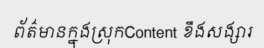
ព័ត៌មានក្នុងស្រុកContent ខឹងសង្សារ